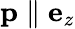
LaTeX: \textbf{p}\parallel\mathbf{e}_{z}